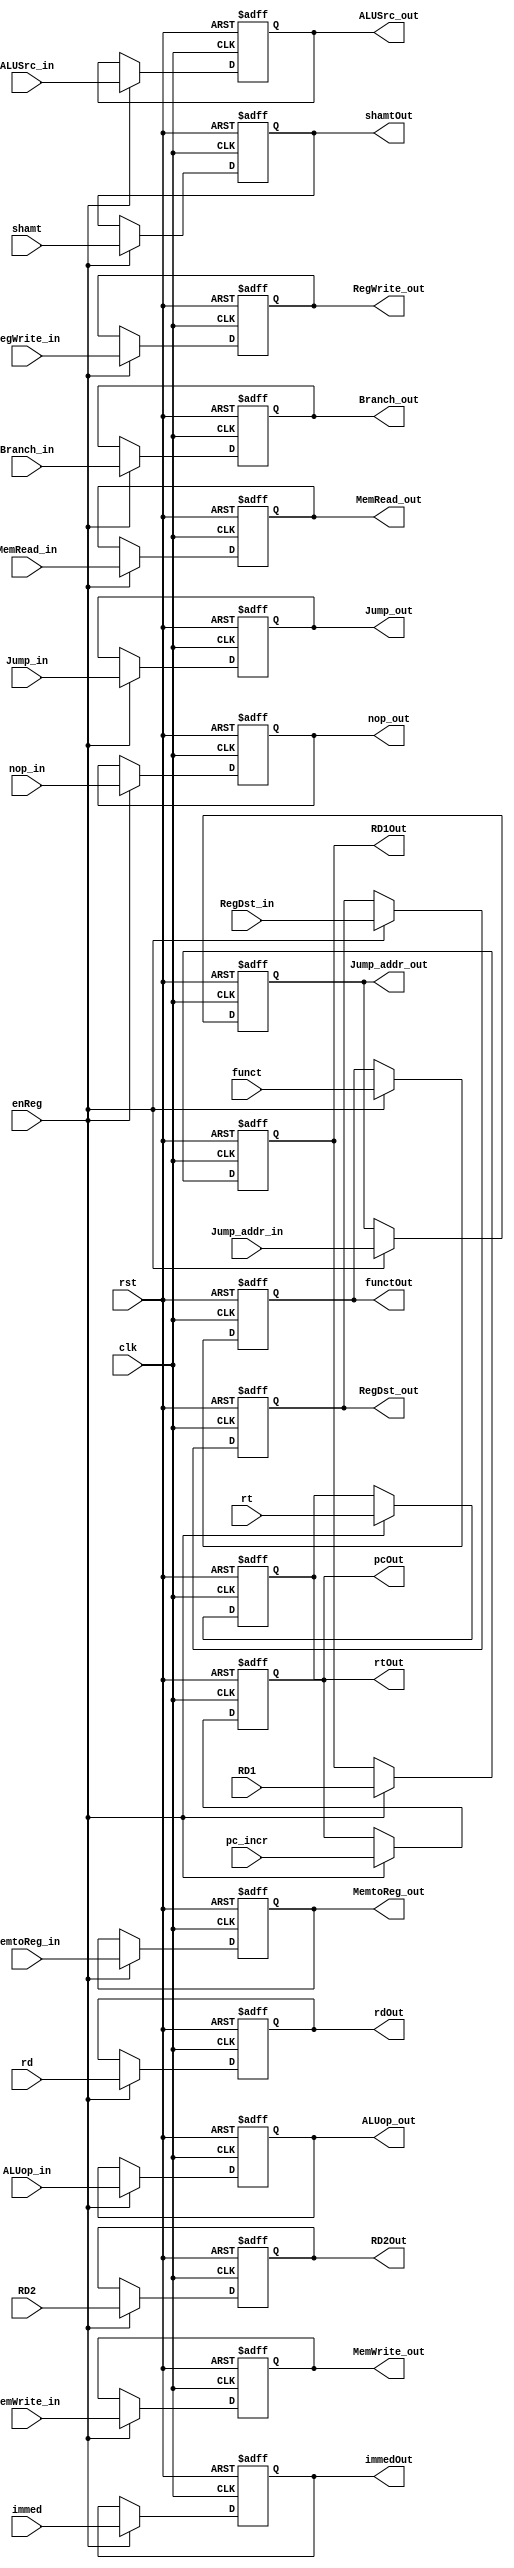
module ID_EXReg(
    input clk,
    input rst,
    input enReg,
    input RegWrite_in,
    input MemtoReg_in,
    input MemRead_in,
    input MemWrite_in,
    input Branch_in,
    input RegDst_in,
    input ALUSrc_in,
    input Jump_in,
    input nop_in,
    input [1:0] ALUop_in,
    input [31:0] pc_incr,
    input [4:0] shamt,
    input [5:0] funct,
    input [31:0] RD1,
    input [31:0] RD2,
    input [31:0] immed,
    input [4:0] rt,
    input [4:0] rd,
    input [31:0] Jump_addr_in,
    output reg RegWrite_out,
    output reg MemtoReg_out,
    output reg MemRead_out,
    output reg MemWrite_out,
    output reg Branch_out,
    output reg RegDst_out,
    output reg ALUSrc_out,
    output reg Jump_out,
    output reg nop_out,
    output reg [1:0] ALUop_out,
    output reg [31:0] pcOut,
    output reg [4:0] shamtOut,
    output reg [5:0] functOut,
    output reg [31:0] RD1Out,
    output reg [31:0] RD2Out,
    output reg [31:0] immedOut,
    output reg [4:0] rtOut,
    output reg [4:0] rdOut,
    output reg [31:0] Jump_addr_out
);

always @(posedge clk or posedge rst) begin
    if (rst) begin
        {RegWrite_out, MemtoReg_out, MemWrite_out, MemRead_out, pcOut, RegDst_out, ALUSrc_out, Jump_out, Jump_addr_out,
         nop_out , Branch_out, ALUop_out, shamtOut, functOut, RD1Out, RD2Out, immedOut, rtOut, rdOut} <= 0;
    end
    else if (enReg) begin
        RegWrite_out <= RegWrite_in;
        MemtoReg_out <= MemtoReg_in;
        MemWrite_out <= MemWrite_in;
        MemRead_out <= MemRead_in;
        Branch_out <= Branch_in;
        RegDst_out <= RegDst_in;
        ALUSrc_out <= ALUSrc_in;
        ALUop_out <= ALUop_in;
        Jump_out <= Jump_in;
        nop_out <= nop_in;
        pcOut <= pc_incr;
        shamtOut <= shamt;
        functOut <= funct;
        RD1Out <= RD1;
        RD2Out <= RD2;
        immedOut <= immed;
        rtOut <= rt;
        rdOut <= rd;
        Jump_addr_out <= Jump_addr_in;
    end
end

endmodule